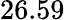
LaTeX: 26.59